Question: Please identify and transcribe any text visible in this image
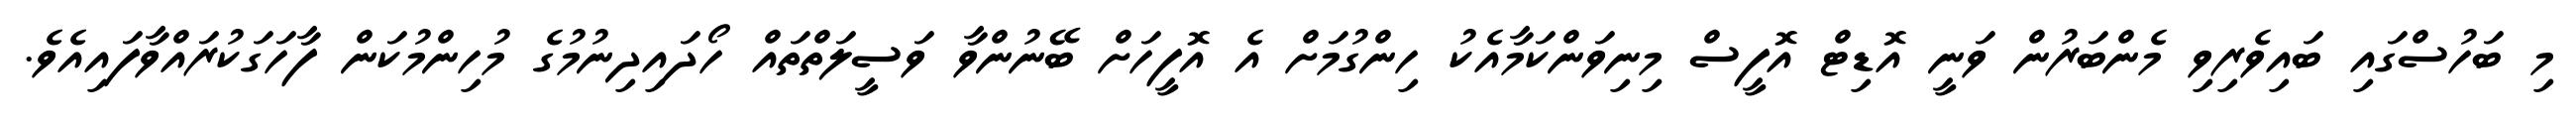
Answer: މި ބަހުސްގައި ބައިވެރިވި މެންބަރުން ވަނީ އޮޑިޓް އޮފީސް މިނިވަންކަމާއެކު ހިންގުމަށް އެ އޮފީހަށް ބޭނުންވާ ވަސީލަތްތައް ހޯދައިދިނުމުގެ މުހިންމުކަން ފާހަގަކުރައްވާފައިއެވެ.